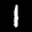
Label: 1